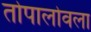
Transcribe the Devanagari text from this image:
तोपालोवला